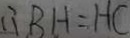
\therefore B H = H C